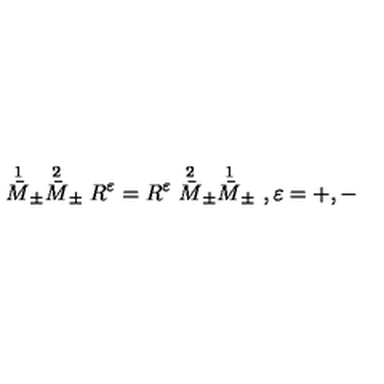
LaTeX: \stackrel { 1 } { \bar { M } } _ { \pm } \stackrel { 2 } { \bar { M } } _ { \pm } R ^ { \varepsilon } = R ^ { \varepsilon } \stackrel { 2 } { \bar { M } } _ { \pm } \stackrel { 1 } { \bar { M } } _ { \pm } \ , \varepsilon = + , - \,